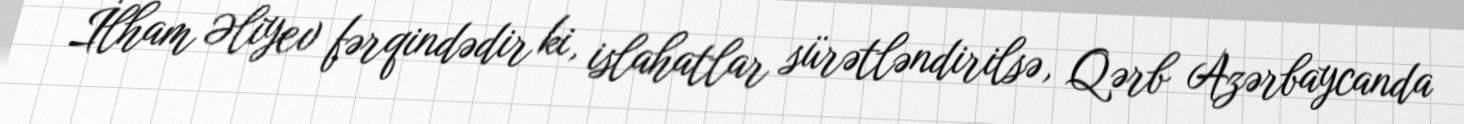
İlham Əliyev fərqindədir ki, islahatlar sürətləndirilsə, Qərb Azərbaycanda